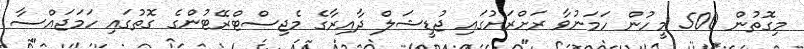
މިގޮތުން 500 މީހުން ހަމަނުވާ ރަށްރަށުގައި ޖުޑީޝަލް ދާއިރާގެ މެޖިސްޓްރޭޓުންގެ ގޮތުގައި ހަމަޖައްސާ